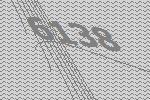
6138